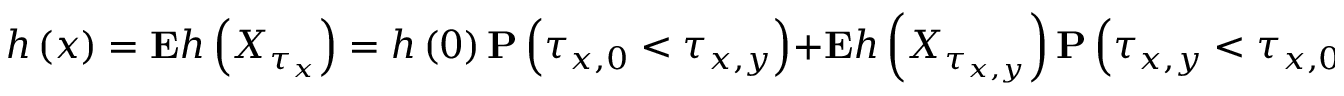
\mathrm { ~ } h \left( x \right) = { \bf E } h \left( X _ { \tau _ { x } } \right) = h \left( 0 \right) { \bf P } \left( \tau _ { x , 0 } < \tau _ { x , y } \right) + { \bf E } h \left( X _ { \tau _ { x , y } } \right) { \bf P } \left( \tau _ { x , y } < \tau _ { x , 0 } \right) .